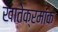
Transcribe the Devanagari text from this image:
खातेक्रमांक